King Institute of Preventive Medicine Micro-Biological Section reports 1909-11
Year: 1909
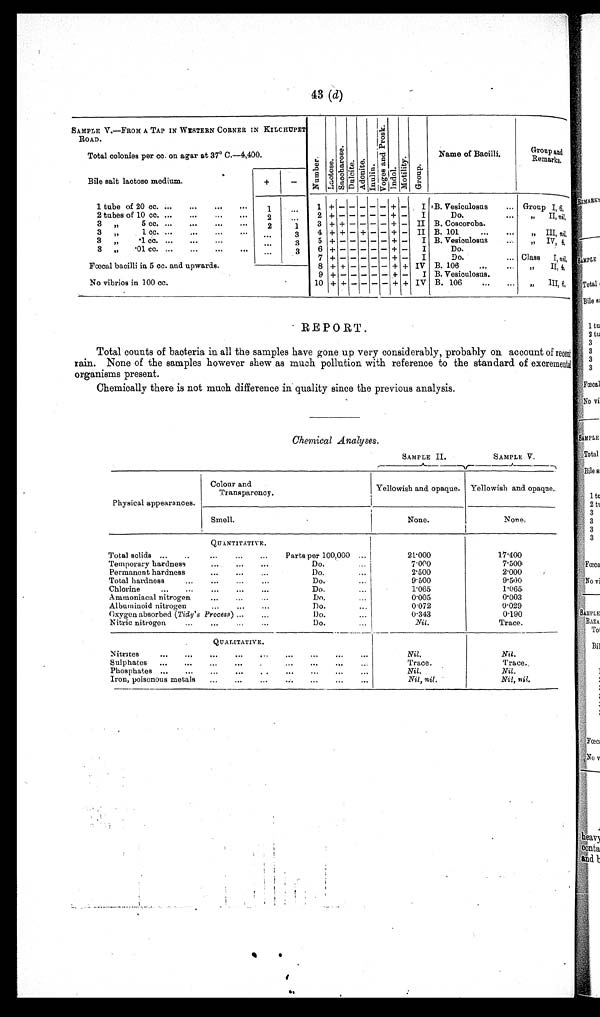
77
SAMPLE V.—
TAP IN WESTERN END IN KILCHUPET ROAD.
Nu mb e r . L a c t o s e .
S a c c h a r o s e .
D u l c i t e .
Ad o n i t e . I nul i ne .
V o g e s a n d P r o s k .
I n d o l .
Mot i l i t y. G r o u p .
Name of Bacilli.
G r o u p a n d
R e m a r k s .
Total colonies per cc. on agar at 37° C.—Cannot be counted.
Bile salt lactose, medium.
+
—
1 tube of 20 cc.
...
. . . . . .
. . . 1
...
1 + + — —
— —
+ + IV B. 106.
. . .
. . .
Group
I ,
n i l .
2 tubes of 10 cc.
. . . . . .
. . .
. . . 2
. . . 2 +
+ — — — — + + IV Do.
... ...
, , II, nil.
3 ,,
5 cc.
. . .
. . .
. . .
. . . 1
2
3 +
+ — — — — + + IV Do.
. . .
. . .
, , III, 1
3 ,,
1 cc.
. . .
. . .
. . .
. . . 1
2 4 +
+ — — — — + + IV Do.
. . .
. . . ,, IV, 9 .
3
, ,
1 c c .
...
...
... ... ...
2
5 +
+ — — — — + + IV Do.
. . .
. . . , ,
3 „ 01 cc.
...
...
. . .
. . . . . .
2
6 +
+ — — — — + + IV Do.
7 + +
— — — — + + IV Do.
Fœcal bacilli in 10 cc. and upwards.
8 + + + — — — + + III B. 71
. . .
... Class I, nil.
9 + + — — — — + + IV B. 106
. . .
. . .
, , II,10 .
No vibrios in 100 cc.
10 + + — — — — + + IV Do.
...
... ,, III, nil.
REPORT.
The water has improved considerably in quality as compared with its condition in the previous quarter.
There has been a marked reduction of the organisms present in both the total counts and fœcal pollution.
Chemical analysis also corroborates the bacterial result.
Chemical Analyses.
SAMPLE No. II. SAMPLE No. V.
Physical appearances.
Colour and
T r a n s p a r e n c y .
White and
opaque.
White and
hazy.
Smell.
None.
None.
QUANTITATIVE.
Total solids ... ...
... ... ... ...
... Parts per 100,000 ...
21.000
19.000
Temporary hardness
. . .
. . . ...
...
. . .
Do.
...
7.000
6.500
Permanent hardness ...
... ... ...
...
...
Do.
...
2.000
2.000
Total hardness
...
...
...
...
... ...
Do. Do.
. . .
9.000
8.500
Chlorine
... ... ... ...
...
...
...
Do.
. . .
0.887
0.887
Ammoniacal nitrogen
. . .
... ...
...
...
Do.
...
0.006
Trace.
Albuminoid nitrogen
...
...
...
...
. . .
Do.
...
0.049
0.022
Oxygen absorbed (Tidy' s Process) ...
...
. . .
...
Do.
...
0.210
0.076
Nitric nitrogen
...
... ...
...
. . . ...
Do.
...
Nil.
Trace.
QUALITATIVE.
Nitrites
. . .
. . .
. . .
. . .
. . .
. . .
. . .
...
. . .
. . .
...
Nil.
Nil.
Sulphates ...
...
. . . . . .
. . .
. . .
. . . ...
...
... ...
Trace.
Trace.
Phosphates ... ...
...
. . .
. . .
. . . . . .
...
. . .
... ...
Nil.
Nil.
Iron, poisonous metals ... ... ... ...
. . .
...
. . .
. . . . . .
Ni l , ni l
Nil, nil.